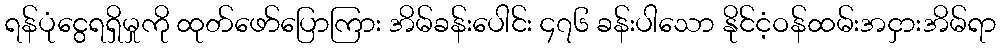
ရန်ပုံငွေရရှိမှုကို ထုတ်ဖော်ပြောကြား အိမ်ခန်းပေါင်း ၄၇၆ ခန်းပါသော နိုင်ငံ့ဝန်ထမ်းအငှားအိမ်ရာ